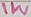
Text: 1W